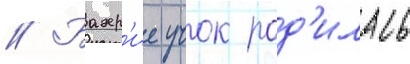
// Бахр'ие учок род'илась